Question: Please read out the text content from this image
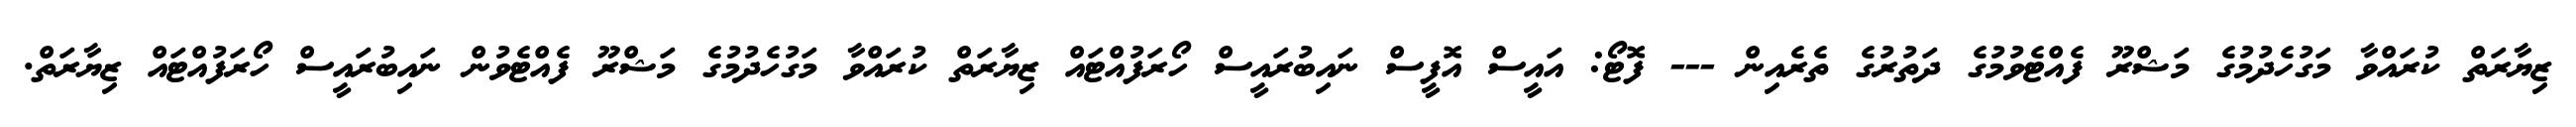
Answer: ޒިޔާރަތް ކުރައްވާ މަގުހެދުމުގެ މަޝްރޫ ފެއްޓެވުމުގެ ދަތުރުގެ ތެރެއިން --- ފޮޓޯ: އައީސް އޮފީސް ނައިބުރައީސް ހޯރަފުއްޓައް ޒިޔާރަތް ކުރައްވާ މަގުހެދުމުގެ މަޝްރޫ ފެއްޓެވުން ނައިބުރައީސް ހޯރަފުއްޓައް ޒިޔާރަތް.